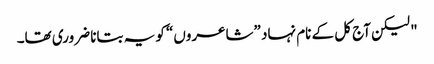
" لیکن آج کل کے نام نہاد ”شاعروں“ کو یہ بتانا ضروری تھا۔